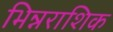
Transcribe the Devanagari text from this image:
भिन्नराशिक